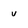
Character: v